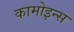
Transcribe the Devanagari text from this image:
कामोइन्स